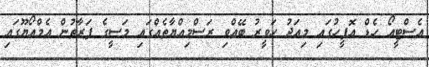
އެސްޓީއޯ ހެޑް އޮފީހުގައި މިއަދު ހަވީރު ބޭއްވި ރަސްމިއްޔާތެއްގައި މަސީގެ ފަރާތުން އެމްއޯޔޫގައި